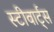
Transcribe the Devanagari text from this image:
स्टीवार्ट्स